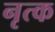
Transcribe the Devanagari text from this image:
नृत्क